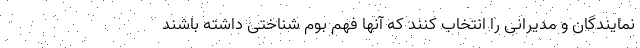
نمایندگان و مدیرانی را انتخاب کنند که آنها فهم بوم شناختی داشته باشند